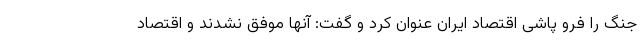
جنگ را فرو پاشی اقتصاد ایران عنوان کرد و گفت: آنها موفق نشدند و اقتصاد